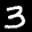
Label: 3